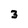
Character: 3